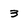
Character: 3